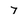
Character: 7